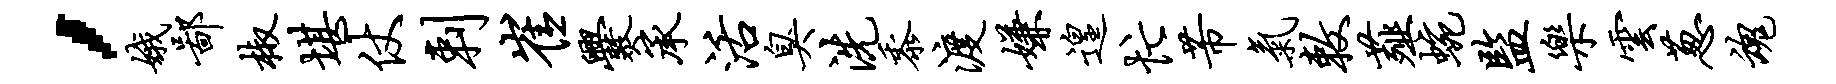
，娥鄙椒堪仗剌崔爨承活臭洗黍渡嫌遑忙芾气敕薤蜿监乐云葱魂